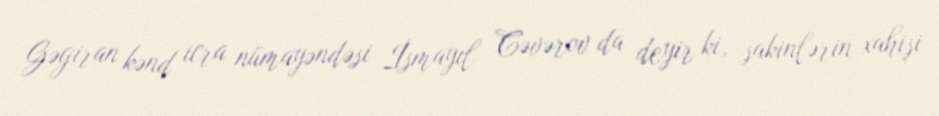
Gəgiran kənd icra nümayəndəsi İsmayıl Cəvərov da deyir ki, sakinlərin xahişi